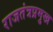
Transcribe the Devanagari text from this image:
राजतंत्रप्रमुख